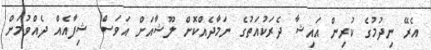
އެރޭ ނިދުމުގެ ކުރިން އައިޝާ ދެރަކުއަތުގެ ނަމާދެއްކޮށް ލޫޝާއަށް އަވަސް ޝިފާއެއް ދެއްވުމަށް